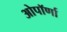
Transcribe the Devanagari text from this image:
ओपॉर्णा